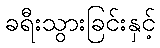
ခရီးသွားခြင်းနှင့်